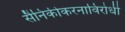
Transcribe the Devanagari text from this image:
सैनिकीकरनाविरोधी